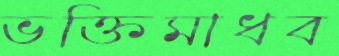
ভক্তিমাধব